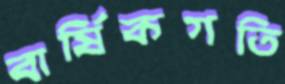
বার্ষিকগতি